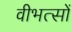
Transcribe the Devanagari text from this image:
वीभत्सों